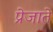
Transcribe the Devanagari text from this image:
प्रेजाते